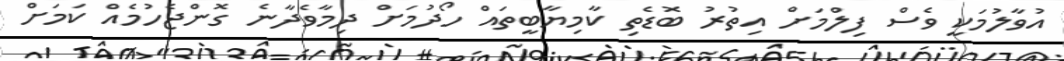
އުވާލުމަކީ ވެސް ފިލްމަށް އިތުރު ބޮޑެތި ކާމިޔާބީތައް ހޯދުމަށް ދިމާވެދާނެ ގޮންޖެހުމެއް ކަމަށް